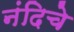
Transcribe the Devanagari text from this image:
नंदिचे